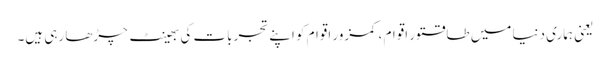
یعنی ہماری دنیا میں طاقتور اقوام ، کمزور اقوام کو اپنے تجربات کی بھینٹ چڑھا رہی ہیں۔